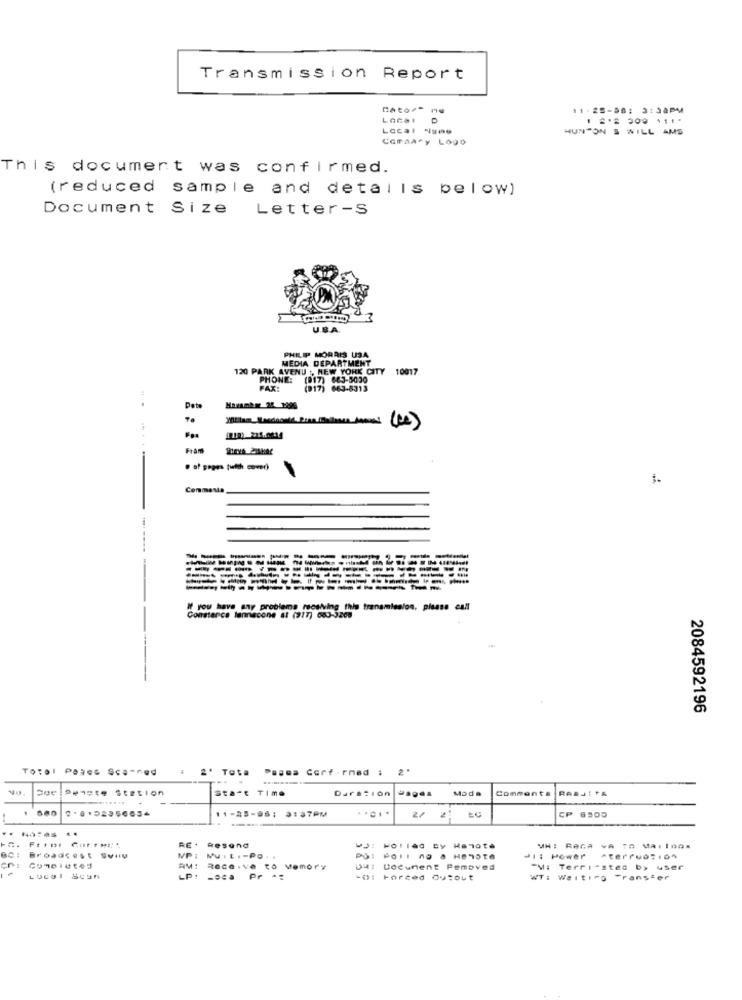
Transmission Report
11.25-08: 3138PM
Local Nume
HUNTON S WILL AMS
Coraary Logo
This document was confirmed.
(reduced sample and details below)
Document Size Letter-S
U.B.A.
PHILIP MORRIS USA
MEDIA DEPARTMENT
120 PARK AVENUE :, NEW YORK CITY
10017
PHONE:
(917) 663-5030
FAX:
(917) 663-8313
Date
Fram
-
Commenta
--
----------
-------
If you have any problems reslving this transmission, please call
Constance tannacone at (917) 663-3208
2084592196
Total Pares Scanned
2' Tota
Passa Cerf-rmed : 2*
Pemete Station
Start Time
Duración
Moda
Comments
11-25-96: 3:37PM
CP 6505
2/
..
FEtot Cur : :: :
RE *
Resend
MH: RAGa va 72 MarInox
Broade est Svig
NP 1
M . L .- PO . .
.1: Power "terfuozio"
RM:
Race .ve to Memory
041 Document Pemoved
"M: Terricsted by user
LUCSI SCON
LP.
-oca Pr -
-i: Forced Cutout
323¢
WT: Wait:"p
Transfer